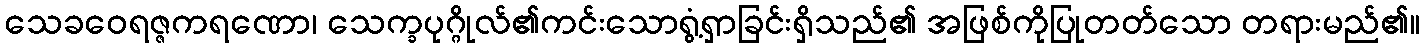
သေခဝေရဇ္ဇကရဏော၊ သေက္ခပုဂ္ဂိုလ်၏ကင်းသောရွံ့ရှာခြင်းရှိသည်၏ အဖြစ်ကိုပြုတတ်သော တရားမည်၏။